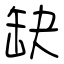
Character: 缺